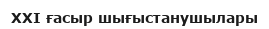
XXI ғасыр шығыстанушылары